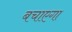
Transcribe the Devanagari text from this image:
बचाएगा